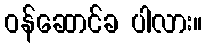
ဝန်ဆောင်ခ ပါလား။